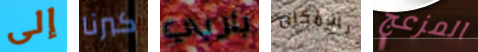
إلى كبرنا باربي بالإمكان المزعج